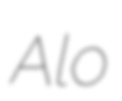
Alo